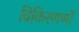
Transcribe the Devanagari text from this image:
विकिरणणों